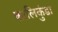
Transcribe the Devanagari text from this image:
कालिकुंडा